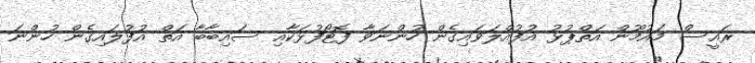
ރައީސް މައުމޫން އަތްޕުޅު އުފުއްލަވައިގެން ހުންނަވާ ފޮޓޯފުޅަކާއި ސައިބާބާ އަތް އުފުލައިގެން ހުންނަ